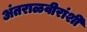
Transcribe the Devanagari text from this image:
अंतराळवीरांशी